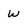
Character: W